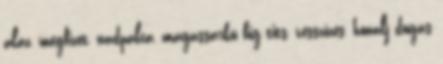
aláz, megfizet, nadpalca, magassarkú big tits, vesszőzés, honalj dugás